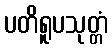
ပတိရူပသုတ္တံ